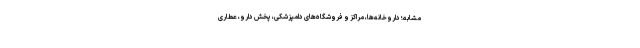
مشابه؛ داروخانه‌ها، مراکز و فروشگاه‌های دامپزشکی، پخش دارو، عطاری